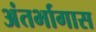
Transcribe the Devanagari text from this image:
अंतर्भागास